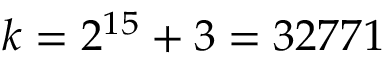
k = 2 ^ { 1 5 } + 3 = 3 2 7 7 1